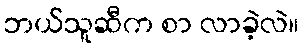
ဘယ်သူဆီက စာ လာခဲ့လဲ။